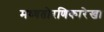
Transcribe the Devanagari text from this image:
मध्यतोरणिकारेखा